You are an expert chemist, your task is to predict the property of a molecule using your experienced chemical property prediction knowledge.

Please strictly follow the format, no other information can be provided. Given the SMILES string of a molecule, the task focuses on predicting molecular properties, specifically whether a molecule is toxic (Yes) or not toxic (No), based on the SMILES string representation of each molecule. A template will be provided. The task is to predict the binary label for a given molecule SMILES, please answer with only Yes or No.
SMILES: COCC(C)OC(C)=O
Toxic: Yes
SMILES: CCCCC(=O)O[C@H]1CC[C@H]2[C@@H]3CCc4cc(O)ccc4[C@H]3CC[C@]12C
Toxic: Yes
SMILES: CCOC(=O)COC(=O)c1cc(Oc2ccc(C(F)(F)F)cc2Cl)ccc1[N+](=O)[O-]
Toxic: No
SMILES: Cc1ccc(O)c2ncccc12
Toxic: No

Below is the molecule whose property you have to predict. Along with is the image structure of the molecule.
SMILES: CCCCCc1cc(O)cc(O)c1
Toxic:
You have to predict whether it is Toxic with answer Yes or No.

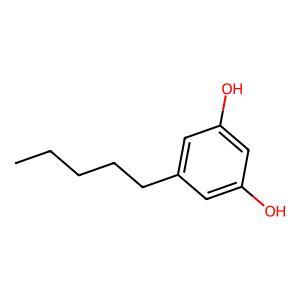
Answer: No